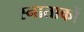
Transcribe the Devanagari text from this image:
स्नाताकों